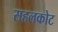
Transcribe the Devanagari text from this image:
सहलकोट